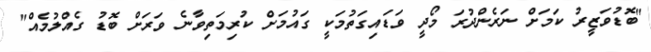
"ބޮޑުވަޒީރު ކަމަށް ނަރެންދުރަ މޯދީ ވަޑައިގަތުމަކީ ގައުމަށް ކުރިމަތިވާނެ ވަރަށް ބޮޑު ގެއްލުމެއް"